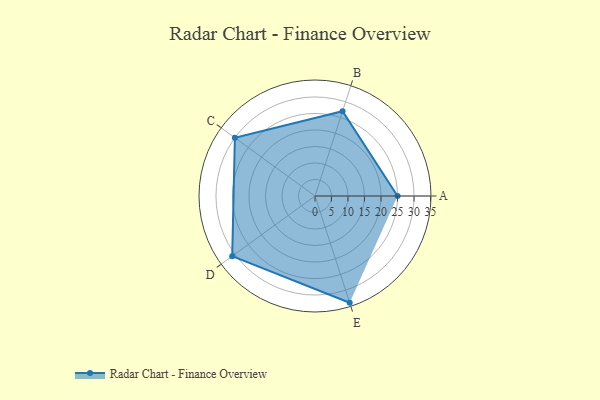
{"axis": {"x": "Skill", "y": "Score"}, "legend": ["Profile"], "data": [{"x": "A", "y": 25.0, "type": "Profile"}, {"x": "B", "y": 27.0, "type": "Profile"}, {"x": "C", "y": 30.0, "type": "Profile"}, {"x": "D", "y": 31.0, "type": "Profile"}, {"x": "E", "y": 34.0, "type": "Profile"}]}